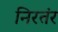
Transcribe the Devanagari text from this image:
निरतंर